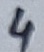
Text: 4